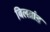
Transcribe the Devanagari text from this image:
बिलब्रांड